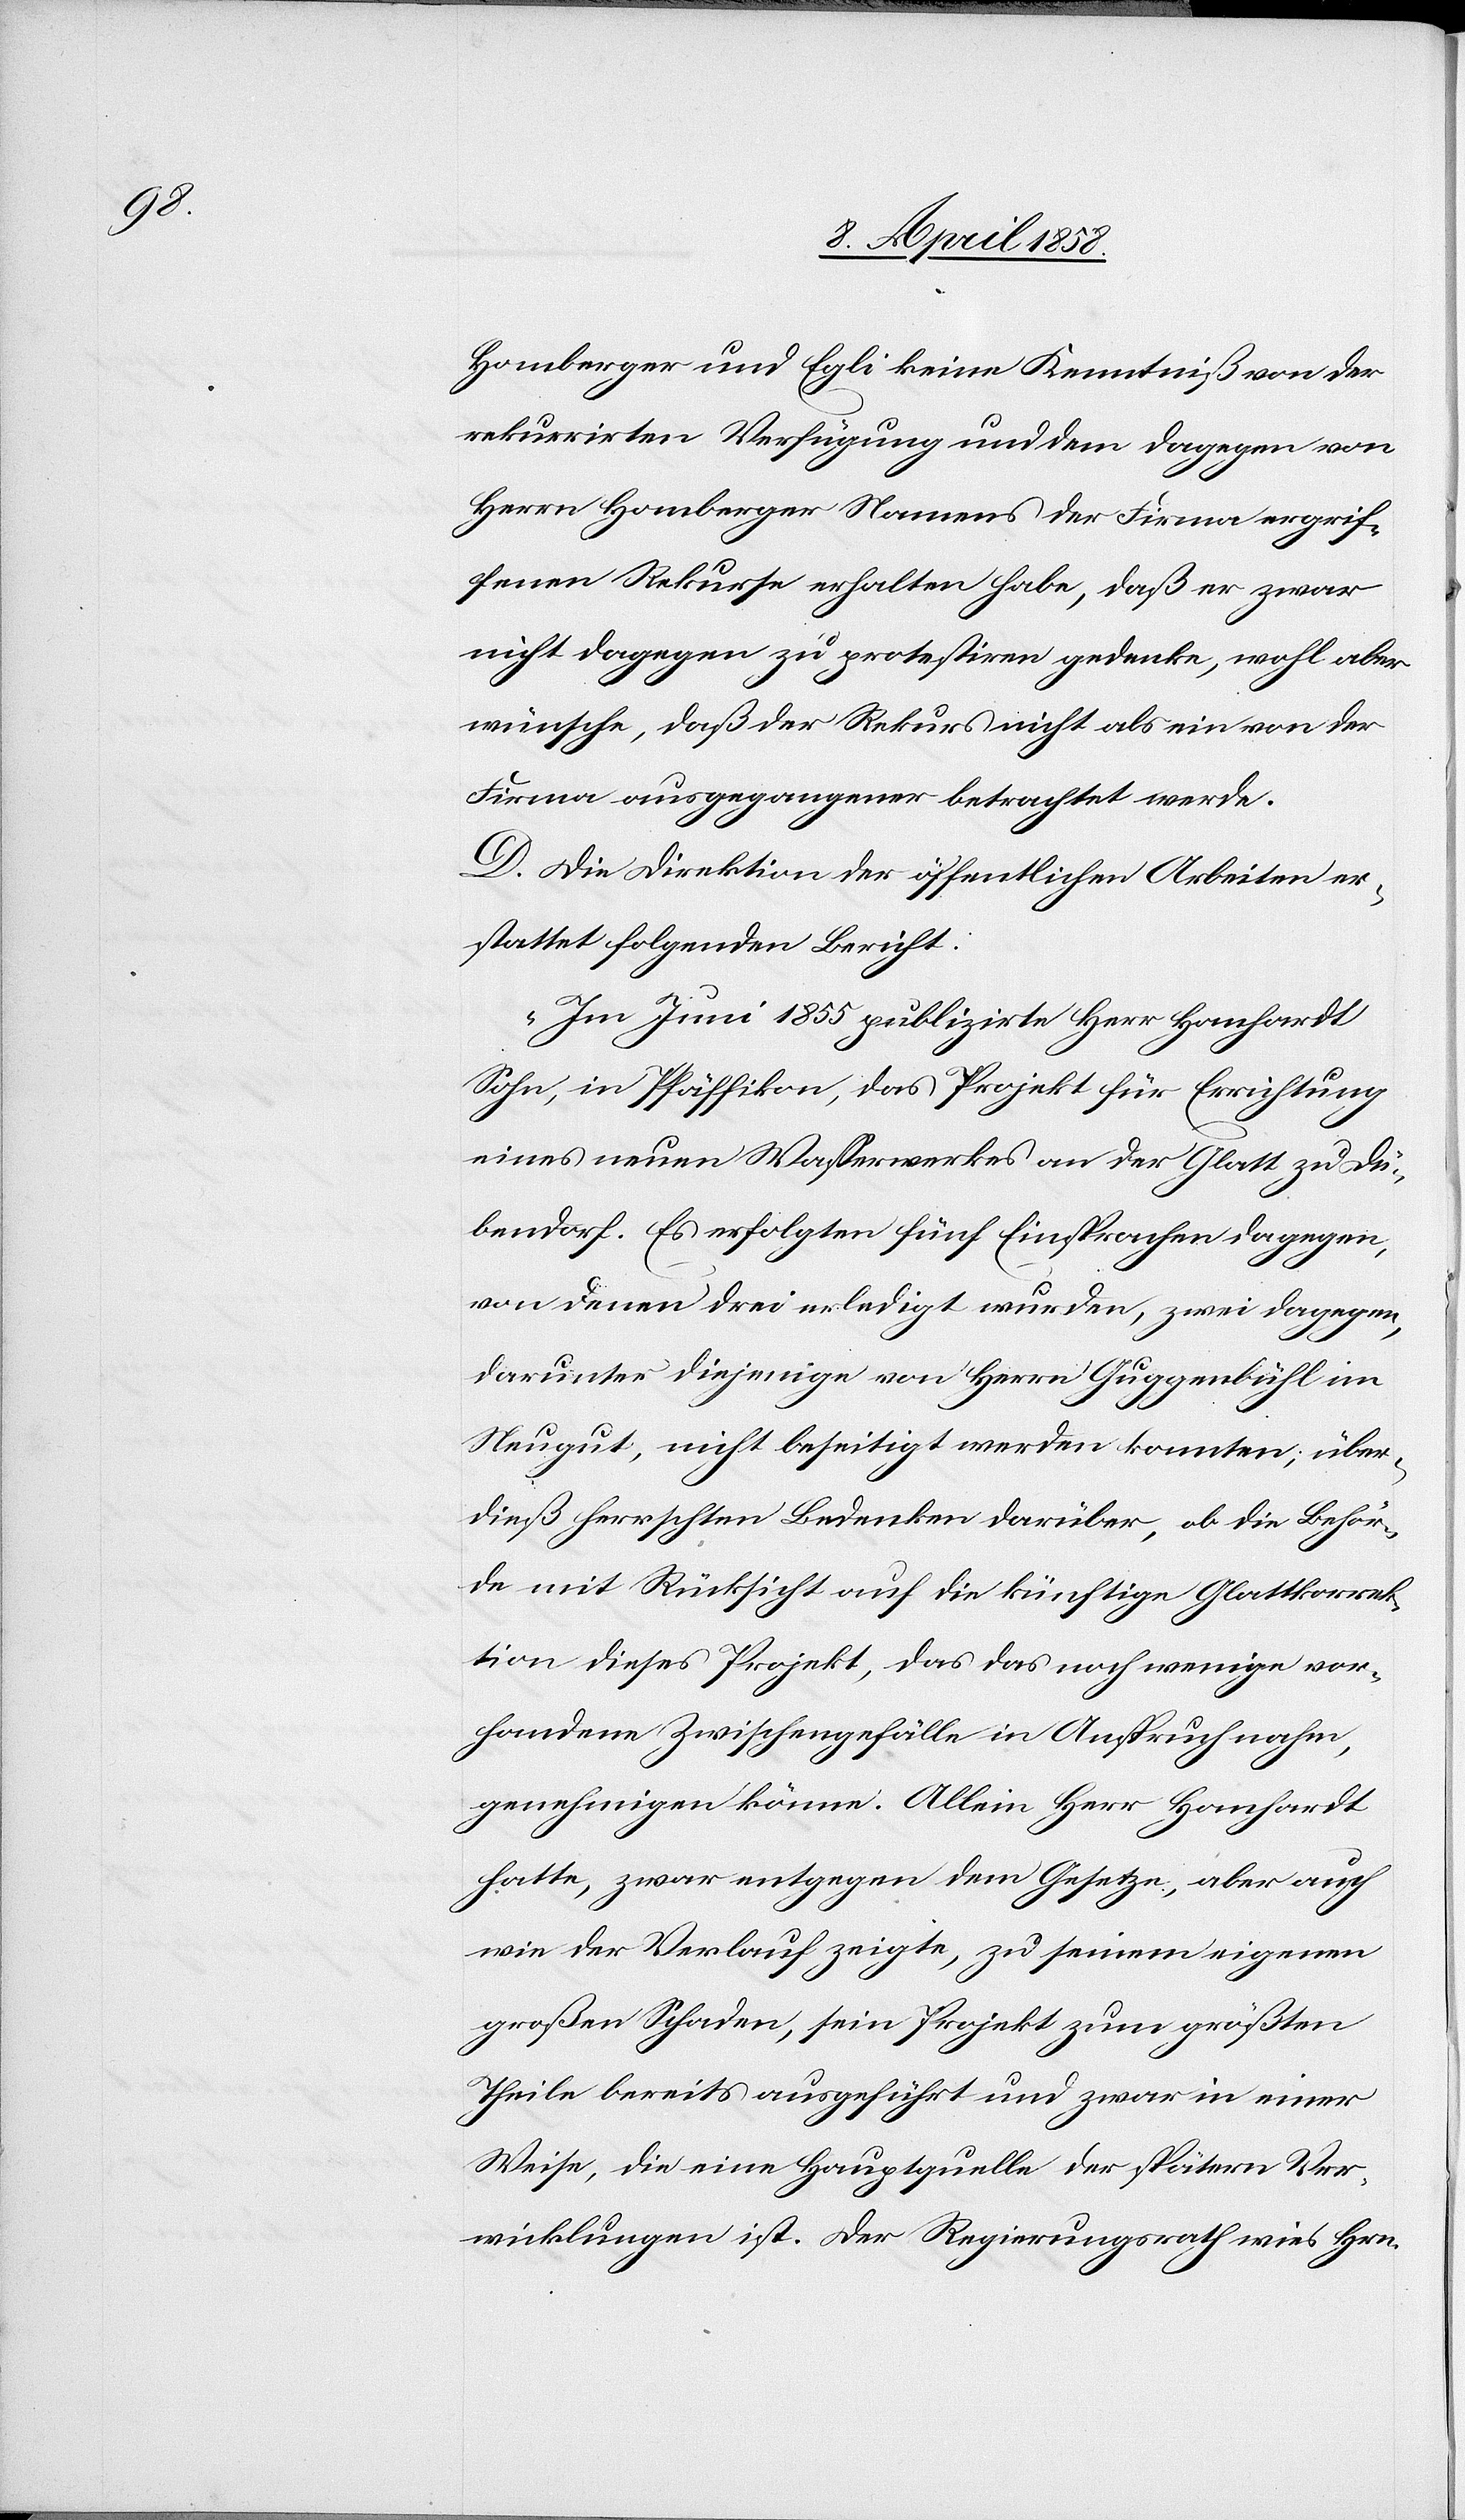
Homberger und Egli keine Kenntniß von der
rekurrirten Verfügung und dem dagegen von
Herrn Homberger Namens der Firma ergrif¬
fenen Rekurse erhalten habe, daß er zwar
nicht dagegen zu protestiren gedenke, wohl aber
wünsche, daß der Rekurs nicht als ein von der
Firma ausgegangener betrachtet werde.
D. Die Direktion der öffentlichen Arbeiten er¬
stattet folgenden Bericht:
„Im Juni 1855 publizirte Herr Hanhardt
Sohn, in Pfäffikon, das Projekt für Errichtung
eines neuen Wasserwerkes an der Glatt zu Dü¬
bendorf. Es erfolgten fünf Einsprachen dagegen,
von denen drei erledigt wurden, zwei dagegen,
darunter diejenige von Herrn Guggenbühl im
Neugut, nicht beseitigt werden konnten, über¬
dieß herrschten Bedenken darüber, ob die Behör¬
de mit Rücksicht auf die künftige Glattkorrek¬
tion dieses Projekt, das das noch wenige vor¬
handene Zwischengefälle in Anspruch nahm,
genehmigen könne. Allein Herr Hanhardt
hatte zwar entgegen dem Gesetze, aber auch
wie der Verlauf zeigte, zu seinem eigenen
großen Schaden, sein Projekt zum größten
Theile bereits ausgeführt und zwar in einer
Weise, die eine Hauptquelle der spätern Ver¬
wicklungen ist. Der Regierungsrath wies Hrn.